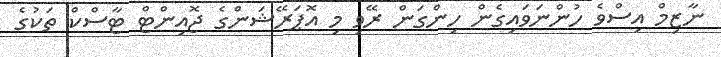
ނާޒިމް އިސްވެ ހުންނަވައިގެން ހިންގަން ރޭވި މި އޮޕަރޭޝަންގެ ޖޮއިންޓް ޓާސްކް ތަކުގެ